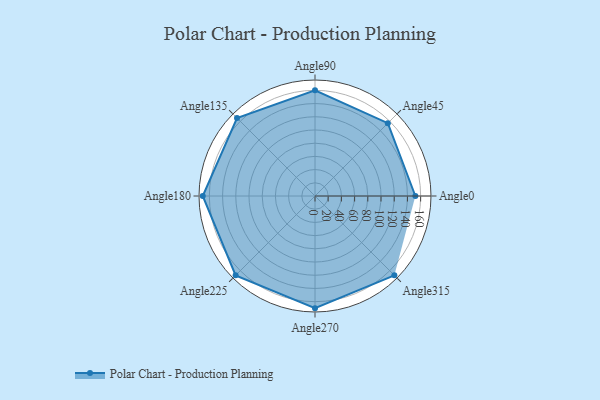
{"axis": {"x": "Angle", "y": "Radius"}, "legend": [""], "data": [{"x": "Angle0", "y": 152.0, "type": ""}, {"x": "Angle45", "y": 156.0, "type": ""}, {"x": "Angle90", "y": 160.0, "type": ""}, {"x": "Angle135", "y": 167.0, "type": ""}, {"x": "Angle180", "y": 170, "type": ""}, {"x": "Angle225", "y": 170, "type": ""}, {"x": "Angle270", "y": 170, "type": ""}, {"x": "Angle315", "y": 170, "type": ""}]}